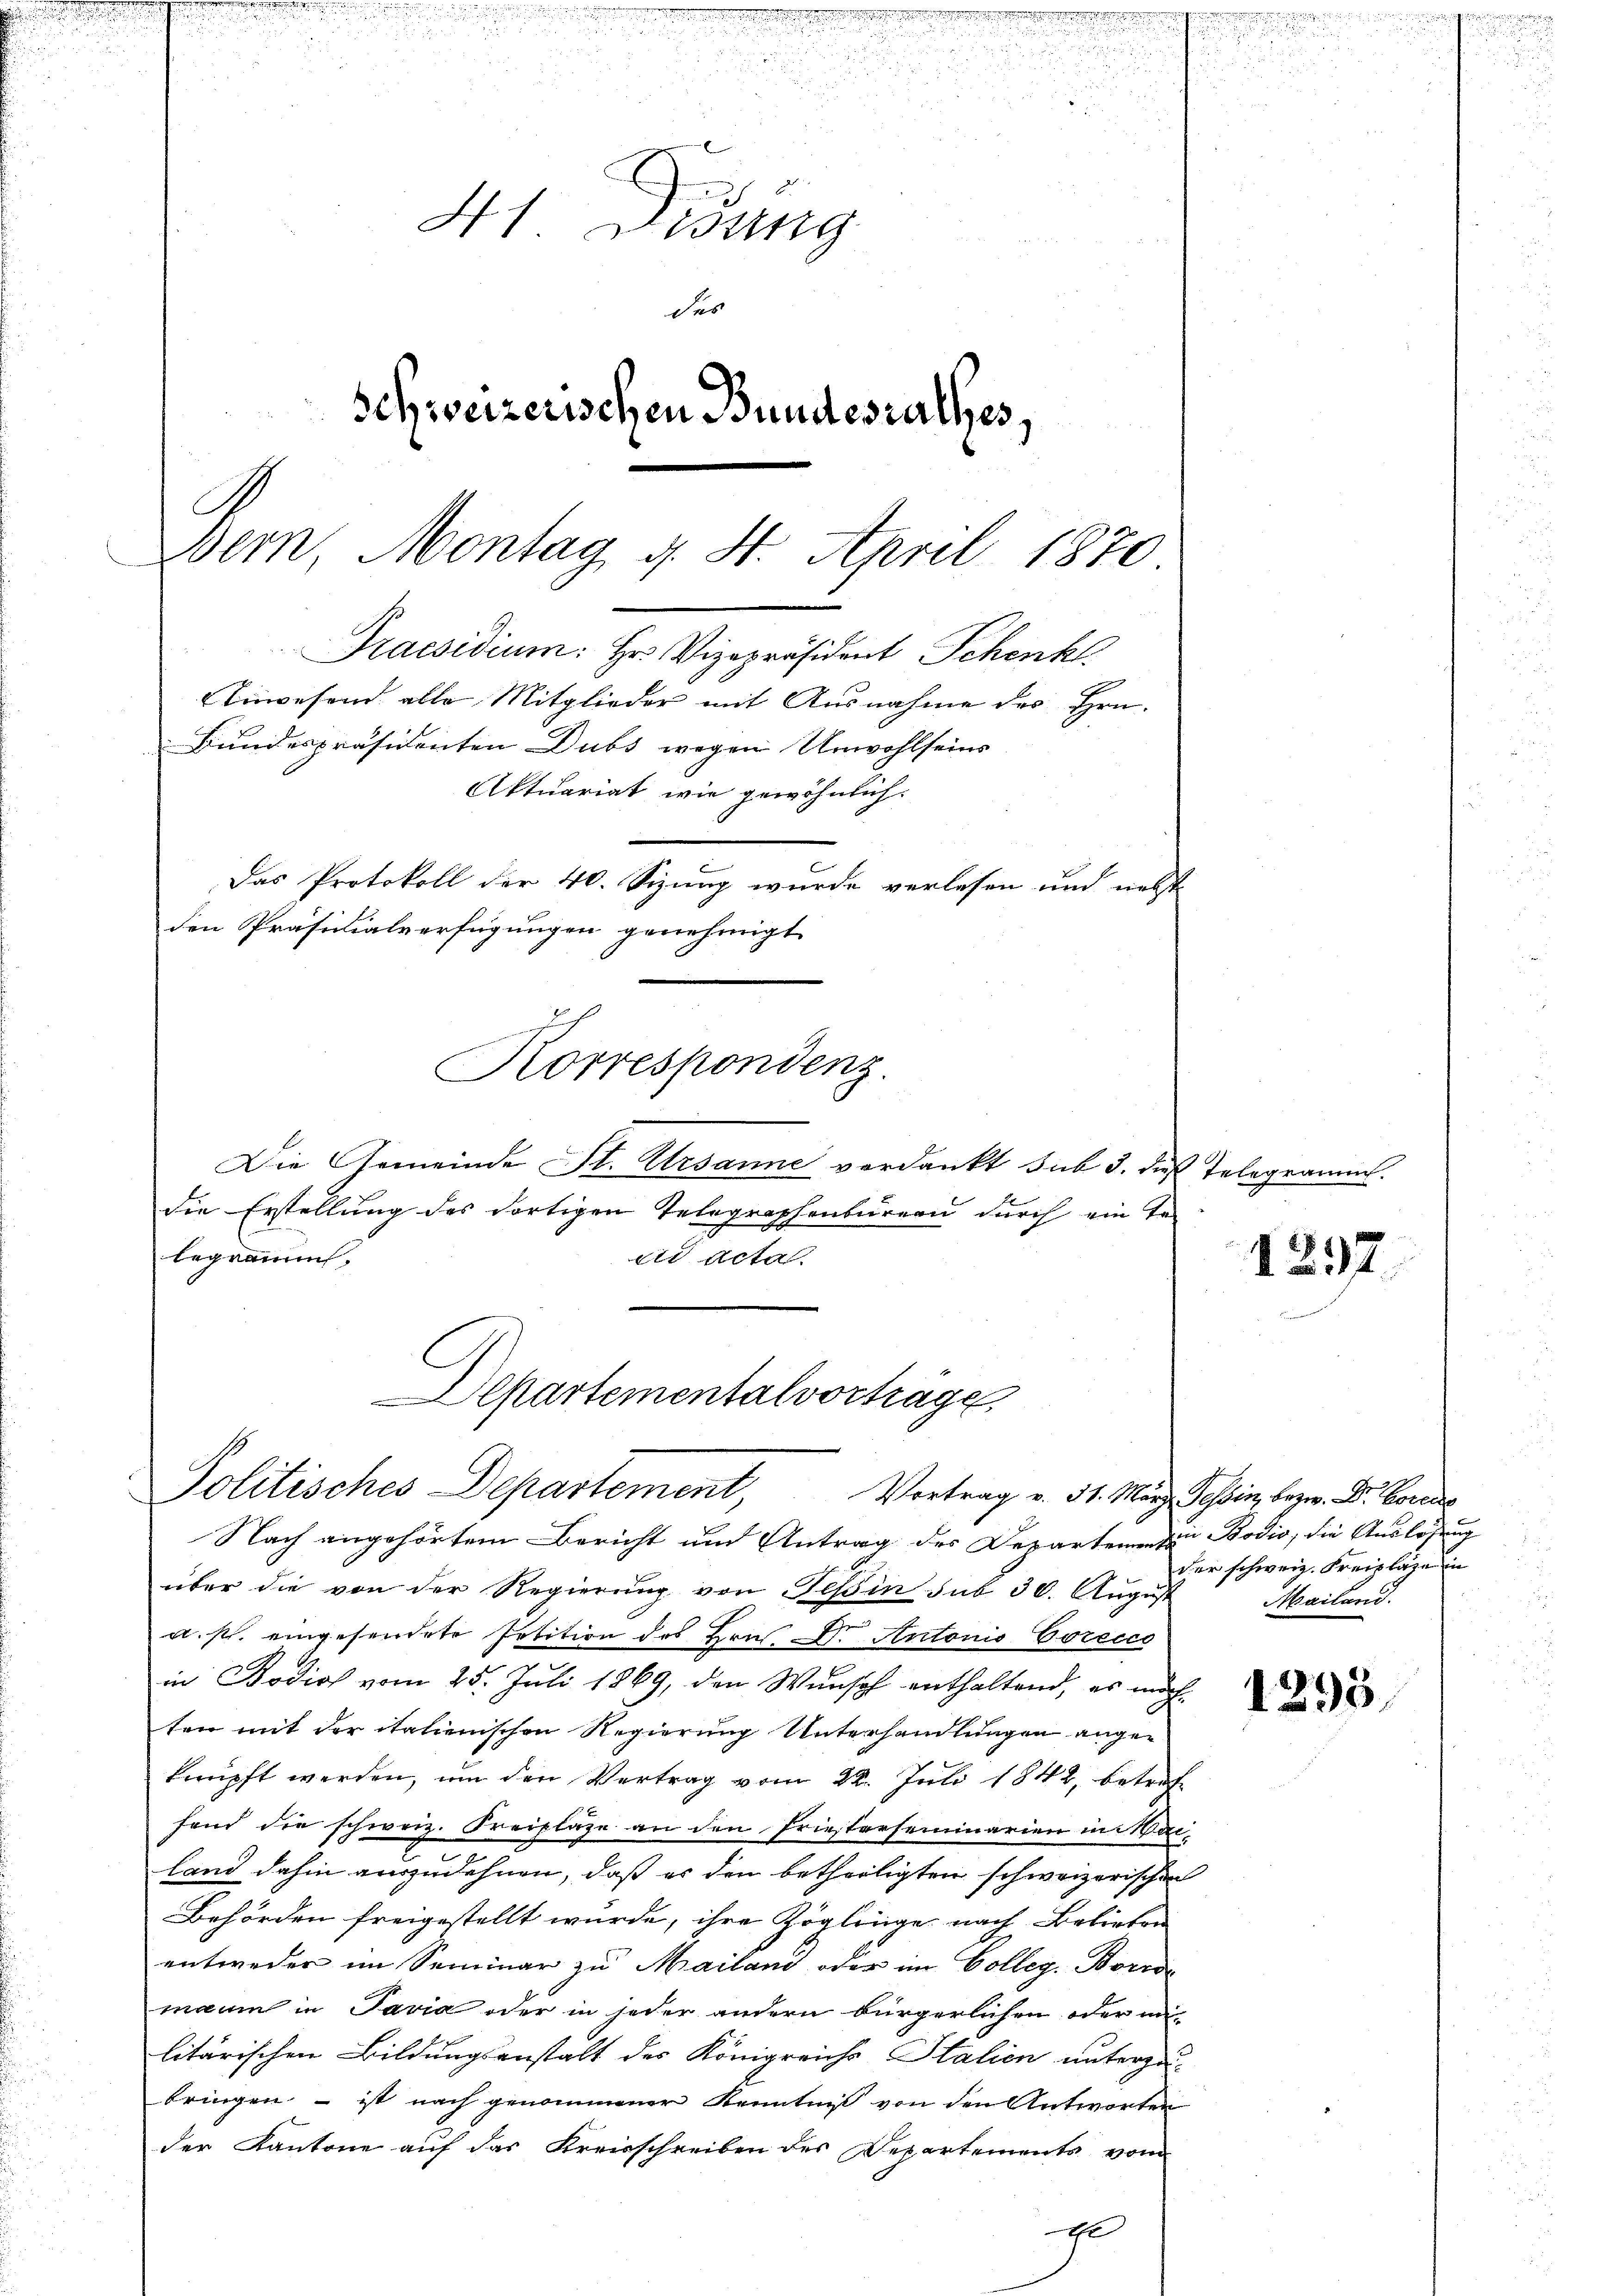
41. Disung
des
Schweizerischen Bundesrathes,
Bern, Montag d. 4. April 1870
Praesidium. Er Vizepräsident Schenkt.
Einwesend alle Mitglieder mit Ausnahme des Hrn.
Bundespräsidenten Dubs wegen Unwohlseins
Aktuariat, wie gewöhnlich.
Der Protokoll der 40. Spung wurde verlesen und nicht

den Präsidialverfügungen genehmigt.

die Erstellung des dortigen Telegraphenbureau durch ein Te
legramms.
dr Acta
C

über die von der Regierŭng von Teßin sub 30. August
a. p. eingesendete Petition des Hrn. Dr. Antonis Coreces
in Bodios vom 25. Juli 1869, den Wunsch enthaltend, es möchten mit der italienischen Regierung Unterhandlungen angeknüpft werden, um den Vertrag vom 22. Juli 1842, betreffand die schweiz. Kreiplaze an den Friesterseminarien in Wailand dahin auszudehnen, daß er den betheiligten schweizerischen
Behörden freigestellt wurde, ihre Zöglinge nach Belieben
entweder im Seminar zu Mailand oder im Colleg. Borro
mann in Pavia oder in jeder andern bürgerlichen oder militärischen Bildungsanstalt des Königreichs Stalien unterzubringen – ist nach genommener Kenntniß von den Antworter
der Kantone auf das Kreisschreiben des Departements vom
E

s
Korrespondenz.
Die Gemeinde St. Ursanne verdankt sub 3. dieß Telegramms.

Departementalvorträge
Politisches Departement, Vortrag v. 31. März Tessin, bezw. Dr. Bonas
Nach angehörtem Bericht und Antrag des Departemen zu Bodis, die Auslösung

1297

der schweiz. Kreiplaze in
Mailand.

1295.